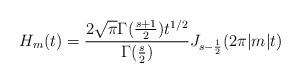
LaTeX: \begin{align*}H_m(t) = \frac{2\sqrt\pi \Gamma(\frac{s+1}{2}) t^{1/2}}{\Gamma(\frac s2)} J_{s-\frac 12} (2\pi|m|t)\end{align*}